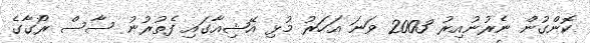
ކޮންގުން ނެރުނުއިރު 2003 ވަނަ އަހަރު މުޅި އޭޝިއާގައި ފެތުރުނު ސާސް ރޯގާގެ